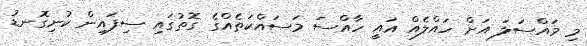
މި މައްސަލަ އަށް ހައްލެއް އައީ ހާއްސަ މަސައްކަތެއްގެ ގޮތުގައި ސިފައިން ކުނިގޮނޑު